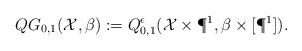
\begin{align*}QG_{0,1}(\mathcal{X},\beta):=Q^{\epsilon}_{0,1}(\mathcal{X}\times\P^1,\beta\times[\P^1]).\end{align*}